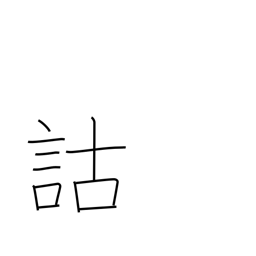
Meaning: critical analysis of classical texts